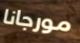
مورجانا